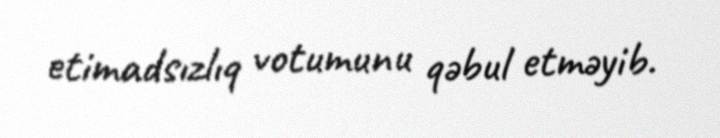
etimadsızlıq votumunu qəbul etməyib.